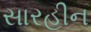
સારહીન